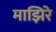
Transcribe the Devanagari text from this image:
माझिरे